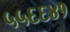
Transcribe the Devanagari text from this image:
५५६६४१